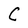
Character: C